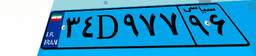
۲۴D۴۰۵۹۴